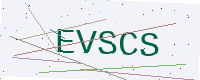
Text: EVSCS